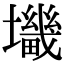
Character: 𰋀